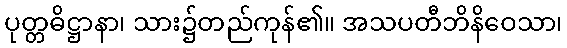
ပုတ္တဓိဋ္ဌာနာ၊ သား၌တည်ကုန်၏။ အသပတီဘိနိဝေသာ၊